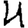
Digit: 4